Report on the bubonic plague in Bombay, 1896-1897
Year: 1896
Disease focus: Plague
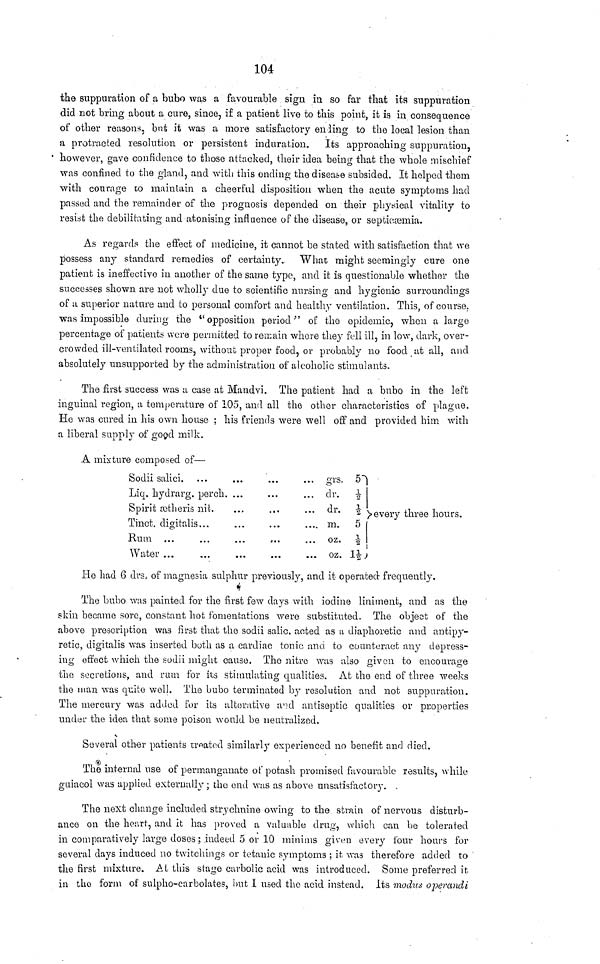
104
the suppuration of a bubo was a favourable sign in so far that its suppuration
did not bring about a cure, since, if a patient live to this point, it is in consequence
of other reasons, but it was a more satisfactory ending to the local lesion than
a protracted resolution or persistent induration. Its approaching suppuration,
however, gave confidence to those attacked, their idea being that the whole mischief
was confined to the gland, and with this ending the disease subsided. It helped them
with courage to maintain a cheerful disposition when the acute symptoms had
passed and the remainder of the prognosis depended on their physical vitality to
resist the debilitating and atonising influence of the disease, or septicæmia.
As regards the effect of medicine, it cannot be stated with satisfaction that we
possess any standard remedies of certainty. What might seemingly cure one
patient is ineffective in another of the same type, and it is questionable whether the
successes shown are not wholly due to scientific nursing and hygienic surroundings
of a superior nature and to personal comfort and healthy ventilation. This, of course,
was impossible during the "opposition period" of the epidemic, when a large
percentage of patients were permitted to remain where they fell ill, in low, dark, over-
crowded ill-ventilated rooms, without proper food, or probably no food at all, and
absolutely unsupported by the administration of alcoholic stimulants.
The first success was a case at Mandvi. The patient had a bubo in the left
inguinal region, a temperature of 105, and all the other characteristics of plague.
He was cured in his own house ; his friends were well off and provided him with
a liberal supply of good milk.
A mixture composed of—
Sodii salici.
Liq hydrarg perch.
Spirit ætheris nit.
Tinct digitalis...
Rum ... ...
Water ... ...
...
...
grs.
dr.
dr.
m.
oz.
oz.
51
½
½
5
½
1½
every three hours.
He had 6 drs of magnesia sulphur previously, and it operated frequently.
The bubo was painted for the first few days with iodine liniment, and as the
skin became sore, constant hot fomentations were substituted. The object of the
above prescription was first that the sodii salic. acted as a diaphoretic and antipy-
retic, digitalis was inserted both as a cardiac tonic and to counteract any depress-
ing effect which the sodii might cause. The nitre was also given to encourage
the secretions, and rum for its stimulating qualities. At the end of three weeks
the man was quite well. The bubo terminated by resolution and not. suppuration.
The mercury was added for its alterative and antiseptic qualities or properties
under the idea that some poison would be
neutralized.
Several other patients treated similarly experienced no benefit and died.
The internal use of permanganate of potash promised favourable results, while
guiacol was applied externally ; the end was as above unsatisfactory.
The next change included strychnine owing to the strain of nervous disturb-
ance on the heart, and it has proved a valuable drug, which can be tolerated
in comparatively large doses ; indeed 5 or 10 minims given every four hours for
several days induced no twitchings or tetanic symptoms ; it was therefore added to
the first mixture. At this stage carbolic acid was introduced. Some preferred it.
in the form of sulpho-carbolates, but I used the acid instead. its modus operandi